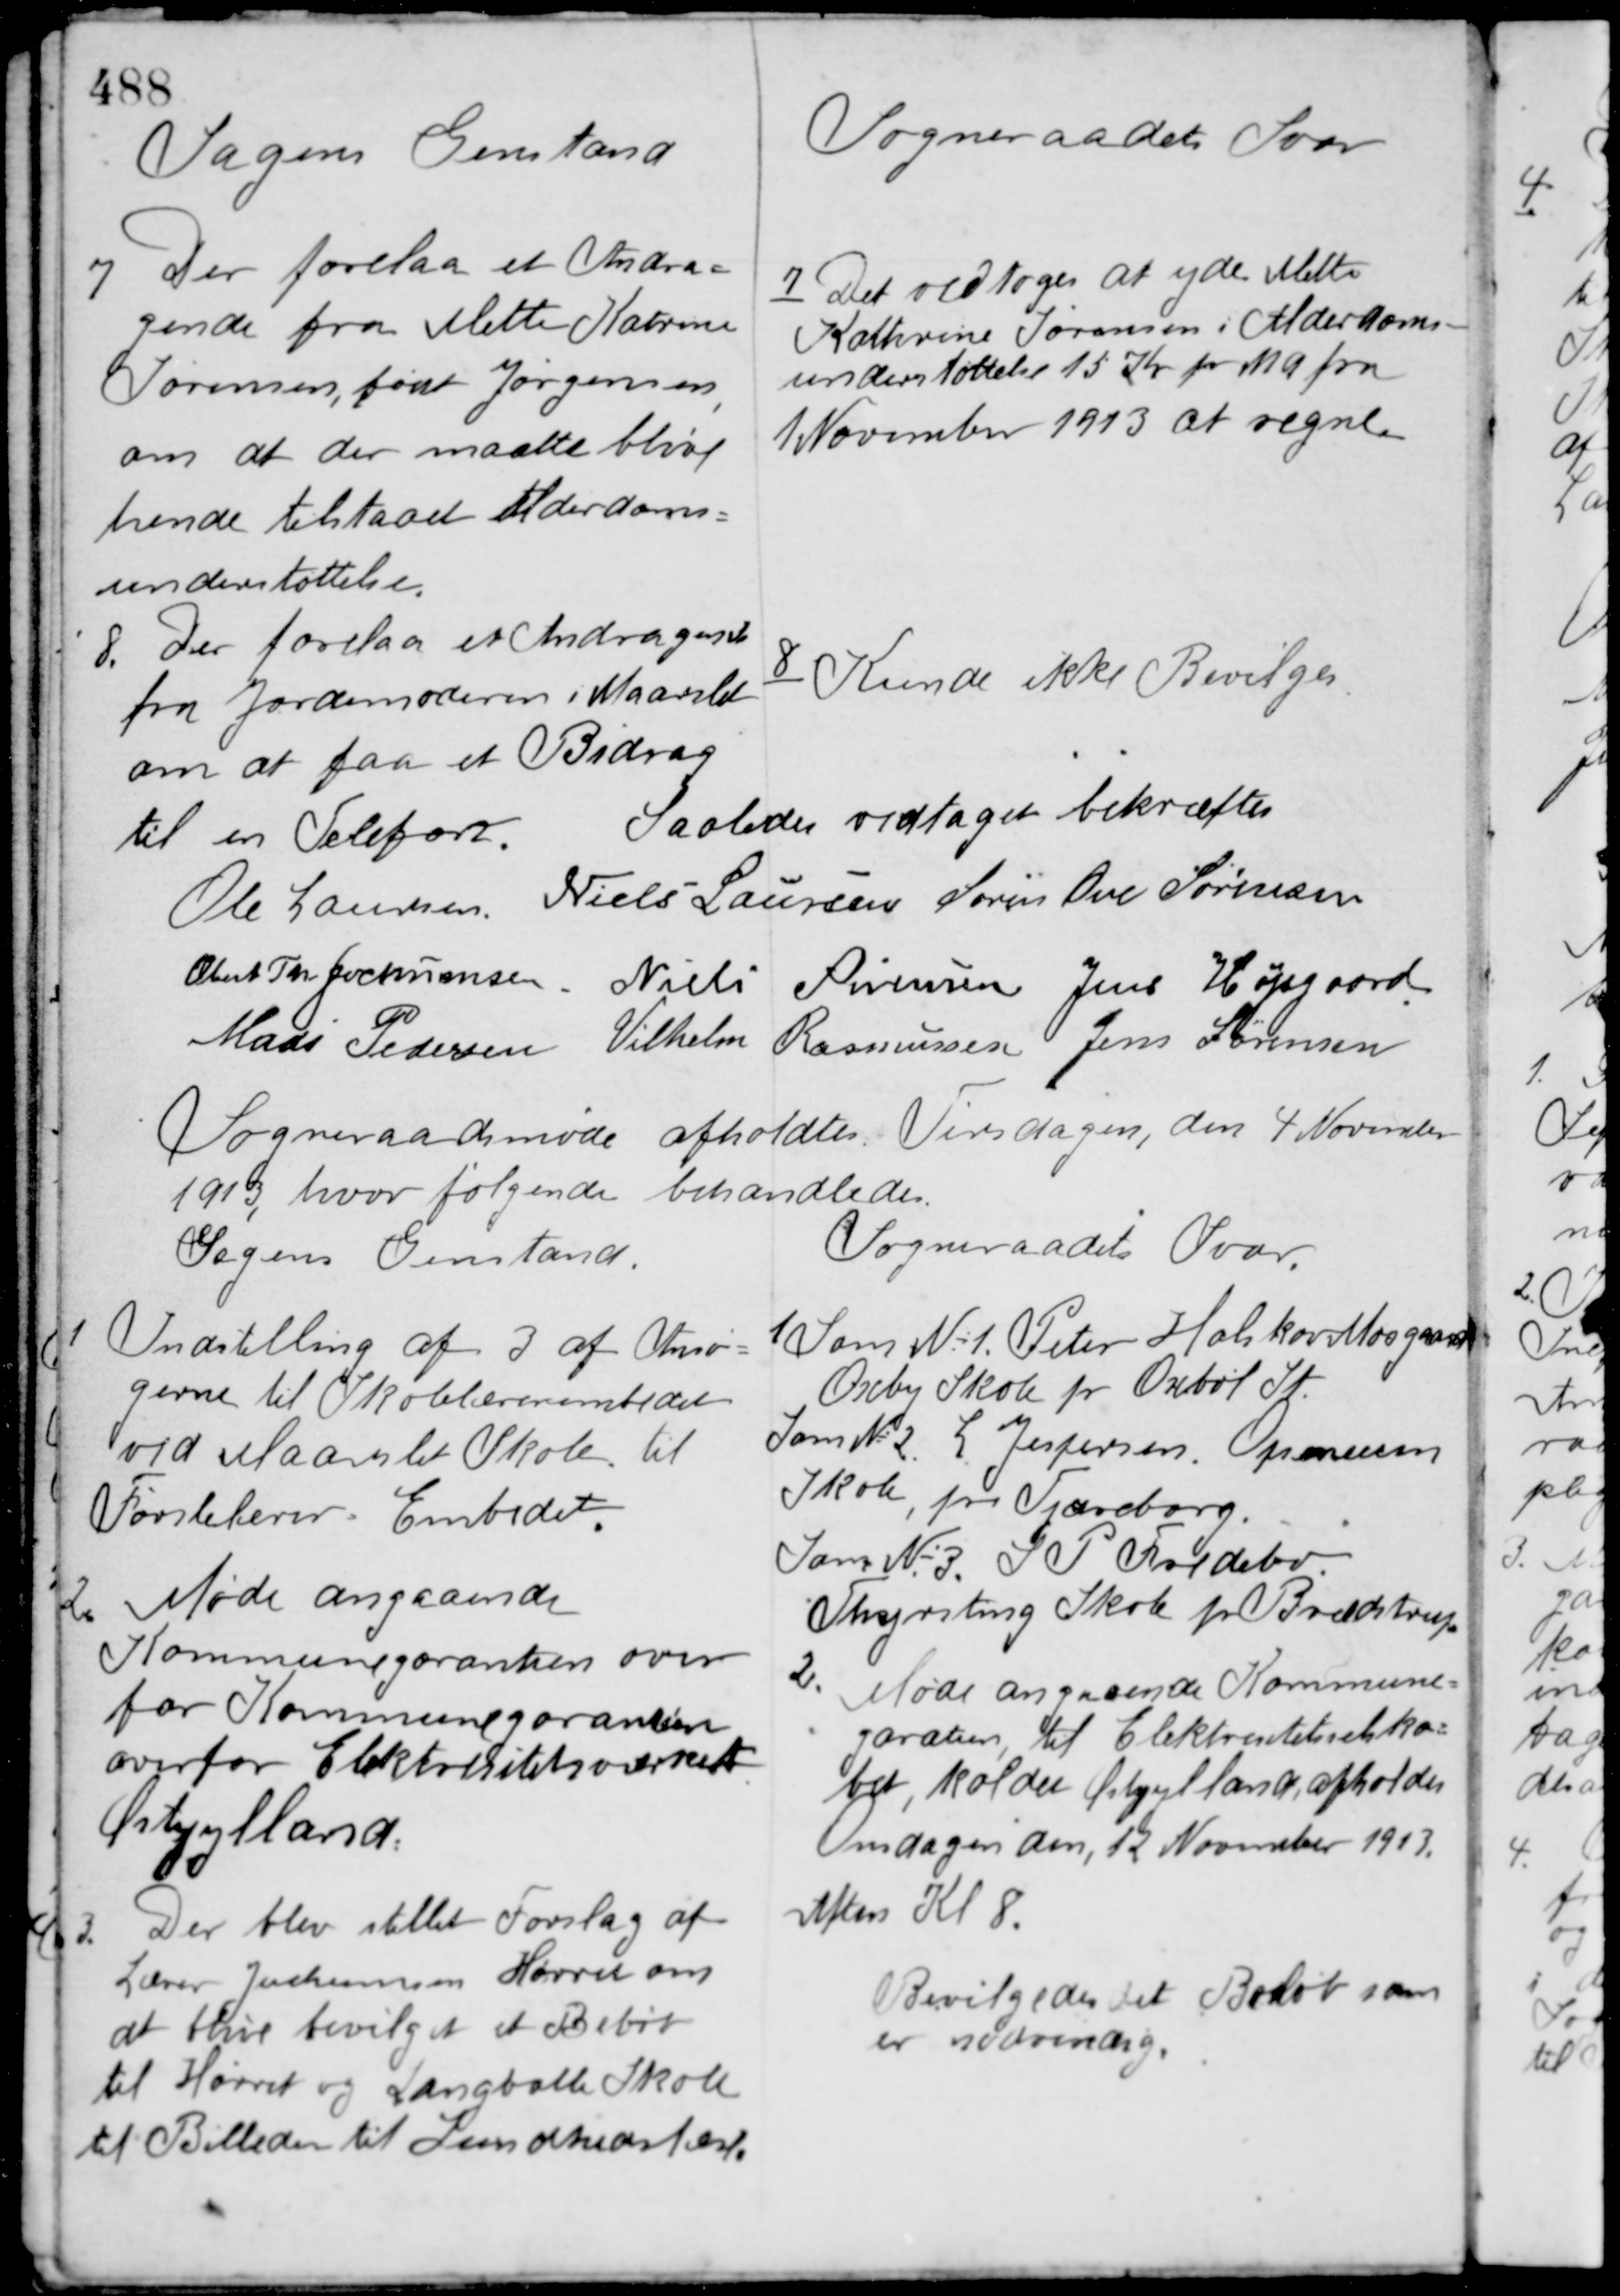
Transskription:
Sagens Genstand

Sogneraadets Svar

7. Der forelaa et Andra-
gende fra Mette Katrine
Sørensen, født Jørgensen,
om at der maatte blive
hende tilstaaet Alderdoms-
understøttelse.

7 Det vedtoges at yde Mette
Kathrine Sørensen i Alderdoms-
understøttelse 15 Kr. pr. Md fra
1 November 1913 at regne.

8. Der forelaa et Andragende
fra Jordemoderen i Maarslet
om at faa et Bidrag

til en Telefon.

8 Kunde ikke bevilges.

Saaledes vedtaget bekræftes

Ole Laursen Niels Laursen Søren Ove Sørensen
Obert Th. Jochumsen Niels Sørensen Jens Højsgaard
Mads Pedersen Vilhelm Rasmussen Jens Sørensen

Sogneraadsmøde afholdtes Tirsdagen, den 4 November
1913, hvor følgende behandledes.

Sagens Genstand.

Sogneraadets Svar

1 Indstilling af 3 af Ansø-
gerne til Skolelærerembedet
ved Maarslet Skole til
Førstelærer - Embedet

1 Som No 1 Peter Halskov Moogaard
Oreby Skole pr. Orebøl St.
Som No 2 L. Jespersen Openesen
Skole, pr. Tjæreborg.
Som No 3 S. P. Foldebo
Thyrsting Skole pr. Brædstrup.

2. Møde angaaende
Kommunegarantien over-
for Kommunegarantien
overfor Elektrisitetsværket
Østjylland.

2. Møde angaaende Kommune-
garantien, til Elektrisitetselska-
bet, kaldet Østjylland, afholdes
Onsdagen den, 12 November 1913
Aften Kl. 8.

3. Der blev stillet Forslag af
Lærer Jochumsen Hørret om
at blive bevilget et Beløb
til Hørret og Langballe Skole
til Billeder til Sundhedstest.

Bevilgedes det Beløb som
er nødvendig.